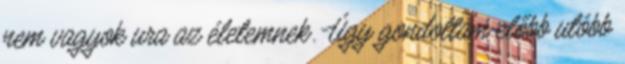
nem vagyok ura az életemnek. Úgy gondoltam előbb utóbb